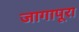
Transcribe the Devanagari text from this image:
जागापूरा